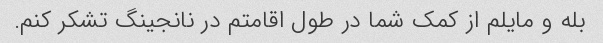
بله و مایلم از کمک شما در طول اقامتم در نانجینگ تشکر کنم.